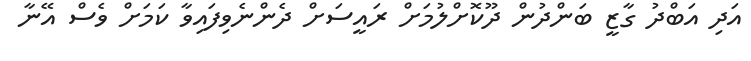
އަދި އަބްދު ގާޒީ ބަންދުން ދޫކޮށްލުމަށް ރައީސަށް ދެންނެވިފައިވާ ކަމަށް ވެސް އޭނާ